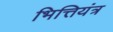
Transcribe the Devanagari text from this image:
भित्तियंत्र